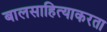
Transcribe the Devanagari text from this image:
बालसाहित्याकरता